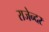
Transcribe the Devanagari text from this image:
राजेन्दर